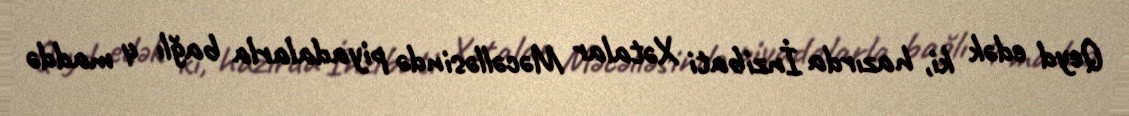
Qeyd edək ki, hazırda İnzibati Xətalar Məcəlləsində piyadalarla bağlı 4 maddə